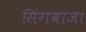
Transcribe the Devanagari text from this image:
सिंगबाजा